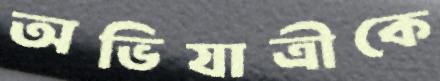
অভিযাত্রীকে